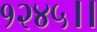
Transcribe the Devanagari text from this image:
१२४५।।